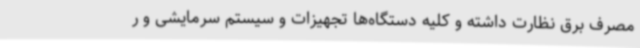
مصرف برق نظارت داشته و کلیه دستگاه‌ها تجهیزات و سیستم سرمایشی و ر